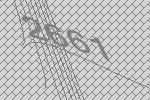
2661